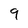
Character: 9